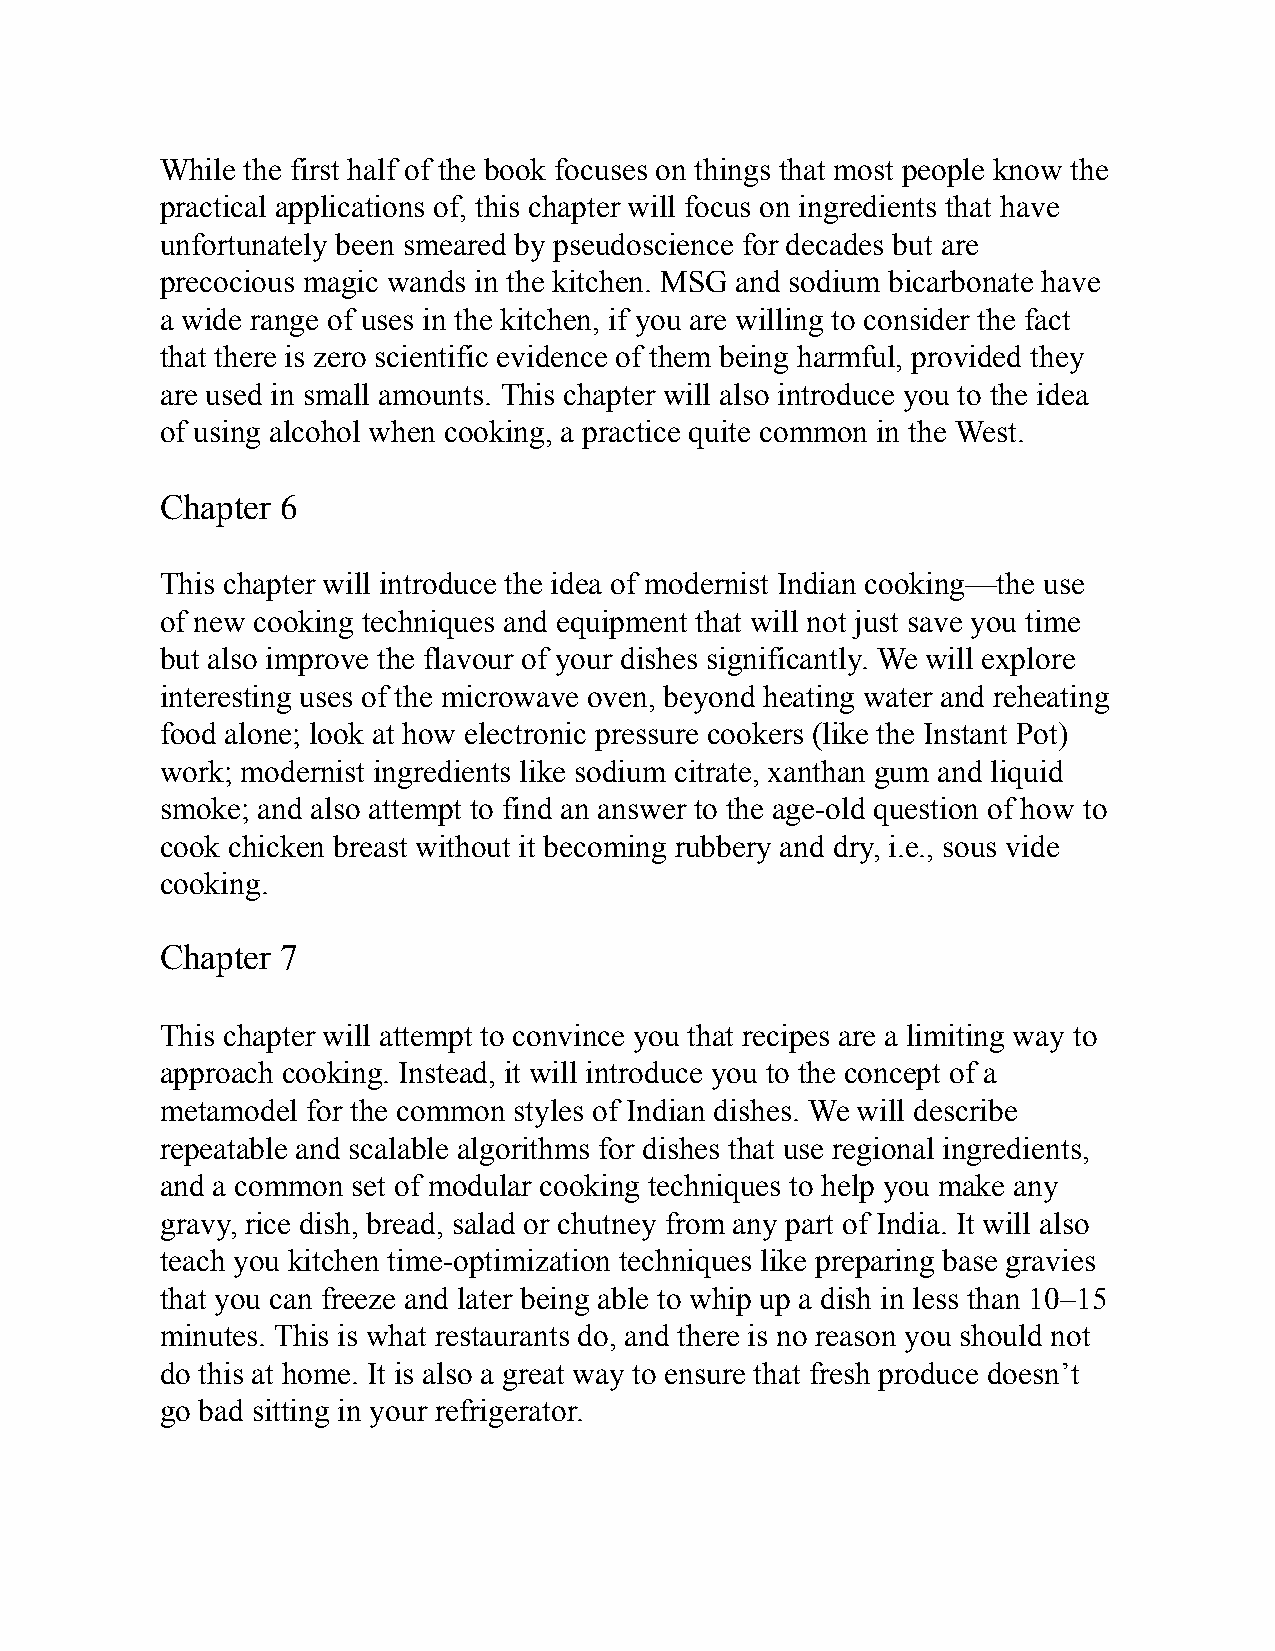
While the first half of the book focuses on things that most people know the
 practical applications of, this chapter will focus on ingredients that have
 unfortunately been smeared by pseudoscience for decades but are
 precocious magic wands in the kitchen. MSG and sodium bicarbonate have
 a wide range of uses in the kitchen, if you are willing to consider the fact
 that there is zero scientific evidence of them being harmful, provided they
 are used in small amounts. This chapter will also introduce you to the idea
 of using alcohol when cooking, a practice quite common in the West.
 Chapter 6
 This chapter will introduce the idea of modernist Indian cooking—the use
 of new cooking techniques and equipment that will not just save you time
 but also improve the flavour of your dishes significantly. We will explore
 interesting uses of the microwave oven, beyond heating water and reheating
 food alone; look at how electronic pressure cookers (like the Instant Pot)
 work; modernist ingredients like sodium citrate, xanthan gum and liquid
 smoke; and also attempt to find an answer to the age-old question of how to
 cook chicken breast without it becoming rubbery and dry, i.e., sous vide
 cooking.
 Chapter 7
 This chapter will attempt to convince you that recipes are a limiting way to
 approach cooking. Instead, it will introduce you to the concept of a
 metamodel for the common styles of Indian dishes. We will describe
 repeatable and scalable algorithms for dishes that use regional ingredients,
 and a common set of modular cooking techniques to help you make any
 gravy, rice dish, bread, salad or chutney from any part of India. It will also
 teach you kitchen time-optimization techniques like preparing base gravies
 that you can freeze and later being able to whip up a dish in less than 10–15
 minutes. This is what restaurants do, and there is no reason you should not
 do this at home. It is also a great way to ensure that fresh produce doesn’t
 go bad sitting in your refrigerator.